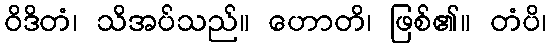
ဝိဒိတံ၊ သိအပ်သည်။ ဟောတိ၊ ဖြစ်၏။ တံပိ၊